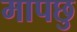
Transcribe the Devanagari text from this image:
मापछु